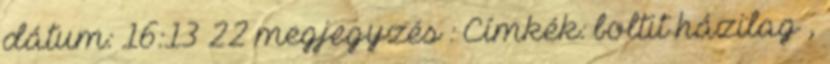
dátum: 16:13 22 megjegyzés : Címkék: boltit házilag ,